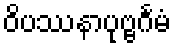
ဝိပဿနာပုဗ္ဗင်္ဂမံ